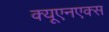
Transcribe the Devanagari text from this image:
क्यूएनएक्स